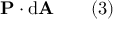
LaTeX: \mathbf { P } \cdot \mathrm { d } \mathbf { A } \qquad ( 3 )